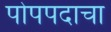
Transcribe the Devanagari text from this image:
पोपपदाचा